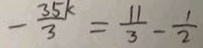
- \frac { 3 5 k } { 3 } = \frac { 1 1 } { 3 } - \frac { 1 } { 2 }